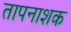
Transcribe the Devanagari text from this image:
तापनाशक